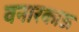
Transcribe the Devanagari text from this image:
वनारकाऊ